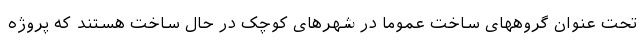
تحت عنوان گروههای ساخت عموما در شهرهای کوچک در حال ساخت هستند که پروژه